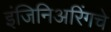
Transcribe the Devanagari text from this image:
इंजिनिअरिंगचे